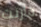
قارنت